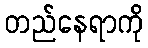
တည်နေရာကို